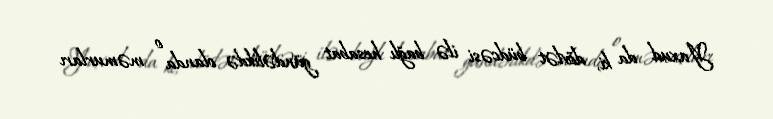
Yaxud da ki, dövlət büdcəsi ilə bağlı hesabat gündəlikdə olanda o məmurları